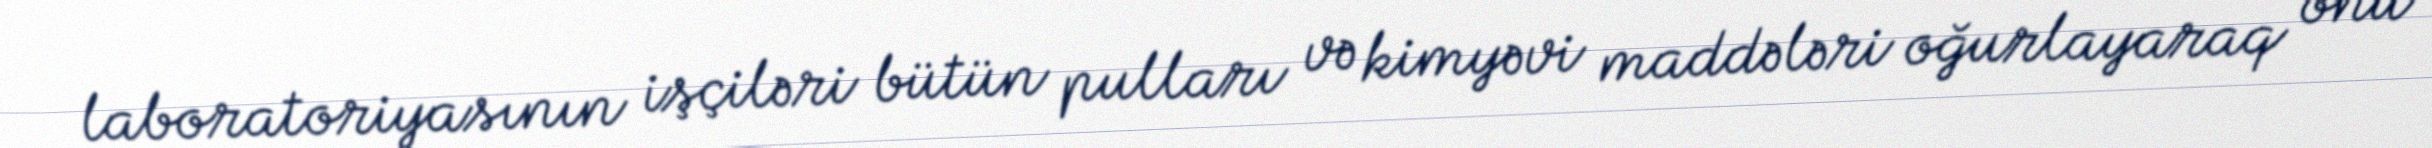
laboratoriyasının işçiləri bütün pulları və kimyəvi maddələri oğurlayaraq onu